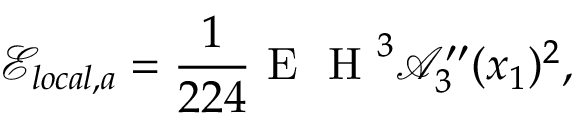
\mathcal { E } _ { l o c a l , a } = \frac { 1 } { 2 2 4 } \textup { E } \textup { H } ^ { 3 } \mathcal { A } _ { 3 } ^ { \prime \prime } ( x _ { 1 } ) { } ^ { 2 } ,